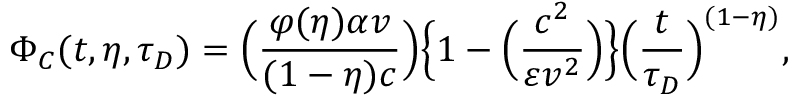
\Phi _ { C } ( t , \eta , \tau _ { D } ) = \Big ( { \frac { \varphi ( \eta ) \alpha v } { ( 1 - \eta ) c } } \Big ) \Big \{ 1 - \Big ( { \frac { c ^ { 2 } } { \varepsilon v ^ { 2 } } } \Big ) \Big \} \Big ( { \frac { t } { \tau _ { D } } } \Big ) ^ { ( 1 - \eta ) } ,